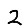
Digit: 2